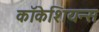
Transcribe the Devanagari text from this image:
कॉकेशियन्स